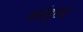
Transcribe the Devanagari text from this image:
सर्ववृहद्